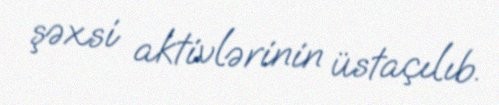
şəxsi aktivlərinin üstaçılıb.